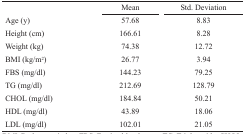
<table><thead><tr><td>[EMPTY_CELL]</td><td><b>Mean</b></td><td><b>Std. Deviation</b></td></tr></thead><tbody><tr><td>Age (y)</td><td>57.68</td><td>8.83</td></tr><tr><td>Height (cm)</td><td>166.61</td><td>8.28</td></tr><tr><td>Weight (kg)</td><td>74.38</td><td>12.72</td></tr><tr><td>BMI (kg/m<sup>2</sup>)</td><td>26.77</td><td>3.94</td></tr><tr><td>FBS (mg/dl)</td><td>144.23</td><td>79.25</td></tr><tr><td>TG (mg/dl)</td><td>212.69</td><td>128.79</td></tr><tr><td>CHOL (mg/dl)</td><td>184.84</td><td>50.21</td></tr><tr><td>HDL (mg/dl)</td><td>43.89</td><td>18.06</td></tr><tr><td>LDL (mg/dl)</td><td>102.01</td><td>21.05</td></tr></tbody></table>